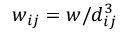
w _ { i j } = w / d _ { i j } ^ { 3 }